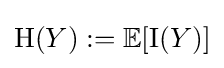
\mathrm {H} (Y):=\mathbb {E} [\operatorname {I} (Y)]